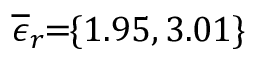
\! \! \! \! \! \! \! \! \! \! \! \! \! \overline { { \epsilon } } _ { r } \! \! = \! \! \{ 1 . 9 5 , 3 . 0 1 \} \!